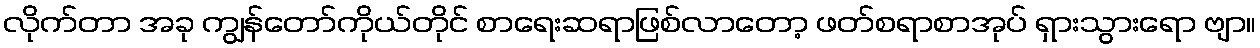
လိုက်တာ အခု ကျွန်တော်ကိုယ်တိုင် စာရေးဆရာဖြစ်လာတော့ ဖတ်စရာစာအုပ် ရှားသွားရော ဗျာ။